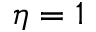
\eta = 1